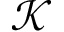
\mathcal { K }